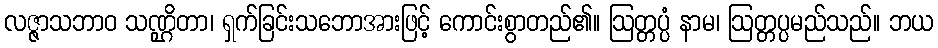
လဇ္ဇာသဘာဝ သဏ္ဌိတာ၊ ရှက်ခြင်းသဘောအားဖြင့် ကောင်းစွာတည်၏။ ဩတ္တပ္ပံ နာမ၊ ဩတ္တပ္ပမည်သည်။ ဘယ